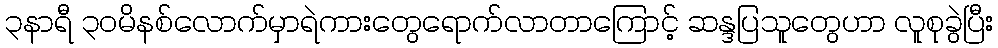
၃နာရီ ၃၀မိနစ်လောက်မှာရဲကားတွေရောက်လာတာကြောင့် ဆန္ဒပြသူတွေဟာ လူစုခွဲပြီး